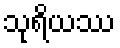
သုရိယဿ